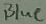
Text: Blue